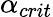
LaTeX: \alpha_{crit}